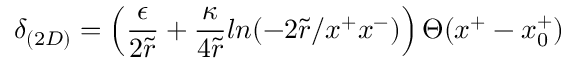
\delta _ { ( 2 D ) } = \left( \frac { \epsilon } { 2 \tilde { r } } + \frac { \kappa } { 4 \tilde { r } } l n ( - 2 \tilde { r } / x ^ { + } x ^ { - } ) \right) \Theta ( x ^ { + } - x _ { 0 } ^ { + } )